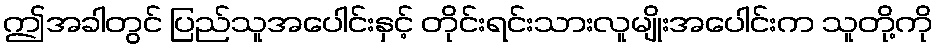
ဤအခါတွင် ပြည်သူအပေါင်းနှင့် တိုင်းရင်းသားလူမျိုးအပေါင်းက သူတို့ကို